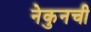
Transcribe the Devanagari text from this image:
नेकुनची